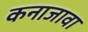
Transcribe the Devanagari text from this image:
कनाजावा